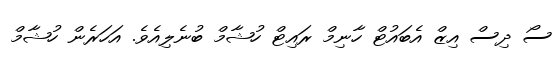
ސޯ ދިސް އިޒް އެބައުޓް ހާނިމް ރައިޓް ހުޝާމް ބުނެލިއެވެ. އަހަރެން ހުޝާމް